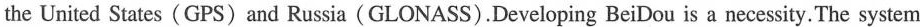
the United States(GPS)and Russia(GLONASS).Developing BeiDou is a necessity.The system